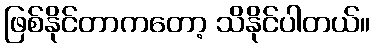
ဖြစ်နိုင်တာကတော့ သိနိုင်ပါတယ်။